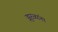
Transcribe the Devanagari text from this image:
झुरळांना